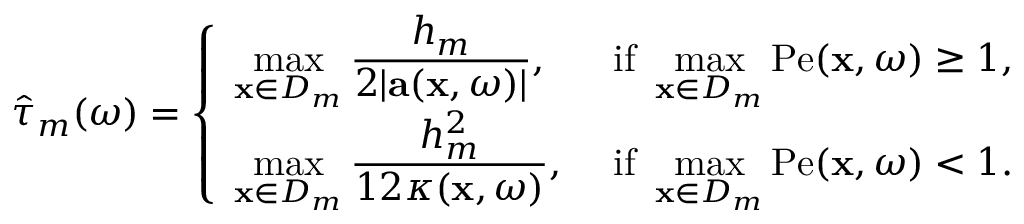
\hat { \tau } _ { m } ( \omega ) = \left\{ \begin{array} { l l } { \displaystyle \operatorname* { m a x } _ { \mathbf { x } \in D _ { m } } \frac { h _ { m } } { 2 | \mathbf { a } ( \mathbf { x } , \omega ) | } , } & { \mathrm { ~ i f ~ } \displaystyle \operatorname* { m a x } _ { \mathbf { x } \in D _ { m } } \mathrm { P e } ( \mathbf { x } , \omega ) \geq 1 , } \\ { \displaystyle \operatorname* { m a x } _ { \mathbf { x } \in D _ { m } } \frac { h _ { m } ^ { 2 } } { 1 2 \kappa ( \mathbf { x } , \omega ) } , } & { \mathrm { ~ i f ~ } \displaystyle \operatorname* { m a x } _ { \mathbf { x } \in D _ { m } } \mathrm { P e } ( \mathbf { x } , \omega ) < 1 . } \end{array} \right.